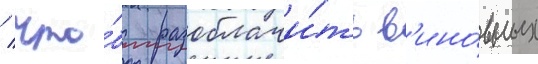
/ что́бы разоблачи́ть в'ино́вных